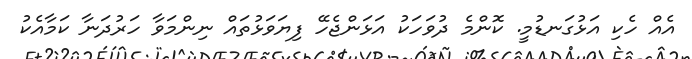
އެއް ހެކި އަޅުގަނޑުމީ. ކޮންމެ ދުވަހަކު އަޅަންޖެހޭ ފިޔަވަޅުތައް ނިންމަވާ ހަރުދަނާ ކަމާއެކު